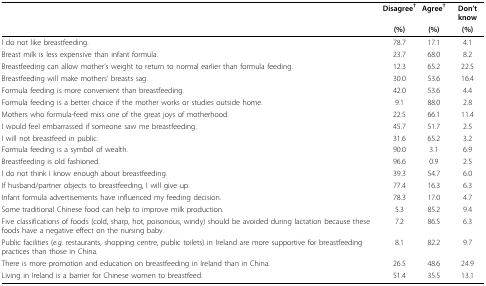
<table><thead><tr><td></td><td><b>Disagree<sup>†</sup></b></td><td><b>Agree<sup>†</sup></b></td><td><b>Don&#x27;t know</b></td></tr><tr><td></td><td><b>(%)</b></td><td><b>(%)</b></td><td><b>(%)</b></td></tr></thead><tbody><tr><td>I do not like breastfeeding.</td><td>78.7</td><td>17.1</td><td>4.1</td></tr><tr><td>Breast milk is less expensive than infant formula.</td><td>23.7</td><td>68.0</td><td>8.2</td></tr><tr><td>Breastfeeding can allow mother&#x27;s weight to return to normal earlier than formula feeding.</td><td>12.3</td><td>65.2</td><td>22.5</td></tr><tr><td>Breastfeeding will make mothers&#x27; breasts sag.</td><td>30.0</td><td>53.6</td><td>16.4</td></tr><tr><td>Formula feeding is more convenient than breastfeeding.</td><td>42.0</td><td>53.6</td><td>4.4</td></tr><tr><td>Formula feeding is a better choice if the mother works or studies outside home.</td><td>9.1</td><td>88.0</td><td>2.8</td></tr><tr><td>Mothers who formula-feed miss one of the great joys of motherhood.</td><td>22.5</td><td>66.1</td><td>11.4</td></tr><tr><td>I would feel embarrassed if someone saw me breastfeeding.</td><td>45.7</td><td>51.7</td><td>2.5</td></tr><tr><td>I will not breastfeed in public.</td><td>31.6</td><td>65.2</td><td>3.2</td></tr><tr><td>Formula feeding is a symbol of wealth.</td><td>90.0</td><td>3.1</td><td>6.9</td></tr><tr><td>Breastfeeding is old fashioned.</td><td>96.6</td><td>0.9</td><td>2.5</td></tr><tr><td>I do not think I know enough about breastfeeding.</td><td>39.3</td><td>54.7</td><td>6.0</td></tr><tr><td>If husband/partner objects to breastfeeding, I will give up.</td><td>77.4</td><td>16.3</td><td>6.3</td></tr><tr><td>Infant formula advertisements have influenced my feeding decision.</td><td>78.3</td><td>17.0</td><td>4.7</td></tr><tr><td>Some traditional Chinese food can help to improve milk production.</td><td>5.3</td><td>85.2</td><td>9.4</td></tr><tr><td>Five classifications of foods (cold, sharp, hot, poisonous, windy) should be avoided during lactation because these foods have a negative effect on the nursing baby.</td><td>7.2</td><td>86.5</td><td>6.3</td></tr><tr><td>Public facilities (<i>e.g</i>. restaurants, shopping centre, public toilets) in Ireland are more supportive for breastfeeding practices than those in China.</td><td>8.1</td><td>82.2</td><td>9.7</td></tr><tr><td>There is more promotion and education on breastfeeding in Ireland than in China.</td><td>26.5</td><td>48.6</td><td>24.9</td></tr><tr><td>Living in Ireland is a barrier for Chinese women to breastfeed.</td><td>51.4</td><td>35.5</td><td>13.1</td></tr></tbody></table>